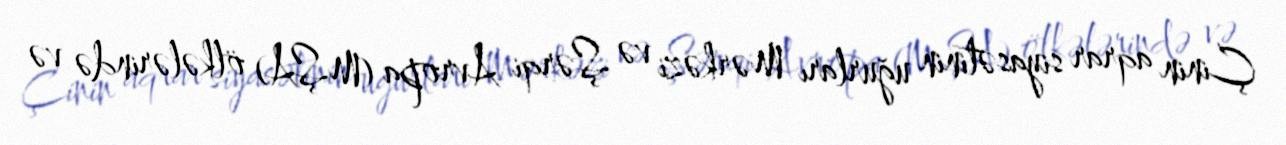
Çinin aqrar siyasətinin uğurları Mərkəzi və Şərqi Avropa (MŞA) ölkələrində və